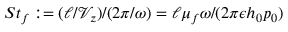
S t _ { f } : = ( \ell / \mathcal { V } _ { z } ) / ( 2 \pi / \omega ) = \ell \mu _ { f } \omega / ( 2 \pi \epsilon h _ { 0 } p _ { 0 } )